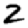
Digit: 2